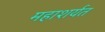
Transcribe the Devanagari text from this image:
महाशर्यत